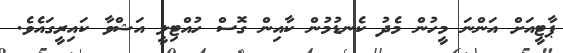
ޕާޓީއަށް އަންނަ މީހުން މެދު ކެނޑުމުން ކާއިން ގޮސް ހުއްޓިލީ އަޝްވާ ކައިރީގައެވެ.